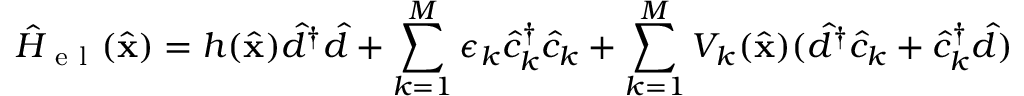
\hat { H } _ { \mathrm { ~ e ~ l ~ } } ( \hat { \mathbf { x } } ) = h ( \hat { \mathbf { x } } ) \hat { d } ^ { \dag } \hat { d } + \sum _ { k = 1 } ^ { M } \epsilon _ { k } \hat { c } _ { k } ^ { \dag } \hat { c } _ { k } + \sum _ { k = 1 } ^ { M } V _ { k } ( \hat { \mathbf { x } } ) ( \hat { d } ^ { \dag } \hat { c } _ { k } + \hat { c } _ { k } ^ { \dag } \hat { d } )